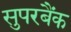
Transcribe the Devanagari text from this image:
सुपरबैंक